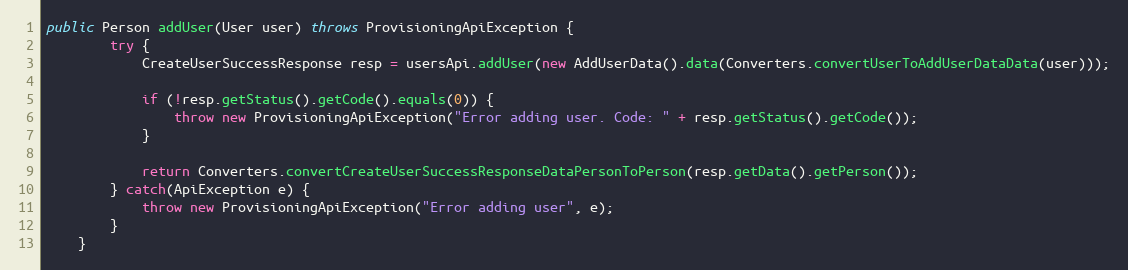
Language: Java
public Person addUser(User user) throws ProvisioningApiException {
		try {
			CreateUserSuccessResponse resp = usersApi.addUser(new AddUserData().data(Converters.convertUserToAddUserDataData(user)));

			if (!resp.getStatus().getCode().equals(0)) {
				throw new ProvisioningApiException("Error adding user. Code: " + resp.getStatus().getCode());
			}

			return Converters.convertCreateUserSuccessResponseDataPersonToPerson(resp.getData().getPerson());
        } catch(ApiException e) {
        	throw new ProvisioningApiException("Error adding user", e);
        }
	}